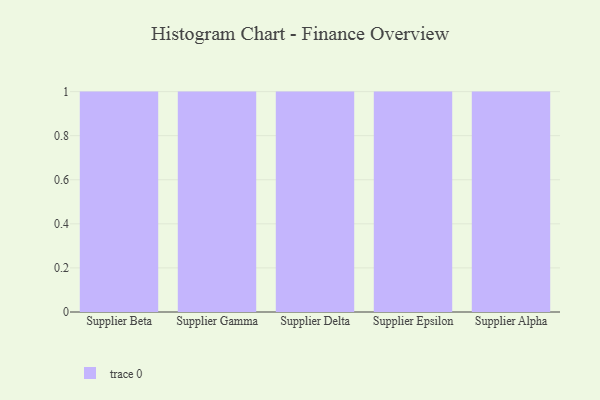
{"axis": {"x": "Supplier", "y": "Production Output"}, "legend": [""], "data": [{"x": "Supplier Beta", "y": 45, "type": ""}, {"x": "Supplier Gamma", "y": 98, "type": ""}, {"x": "Supplier Delta", "y": 46, "type": ""}, {"x": "Supplier Epsilon", "y": 15, "type": ""}, {"x": "Supplier Alpha", "y": 23, "type": ""}]}